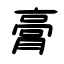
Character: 膏